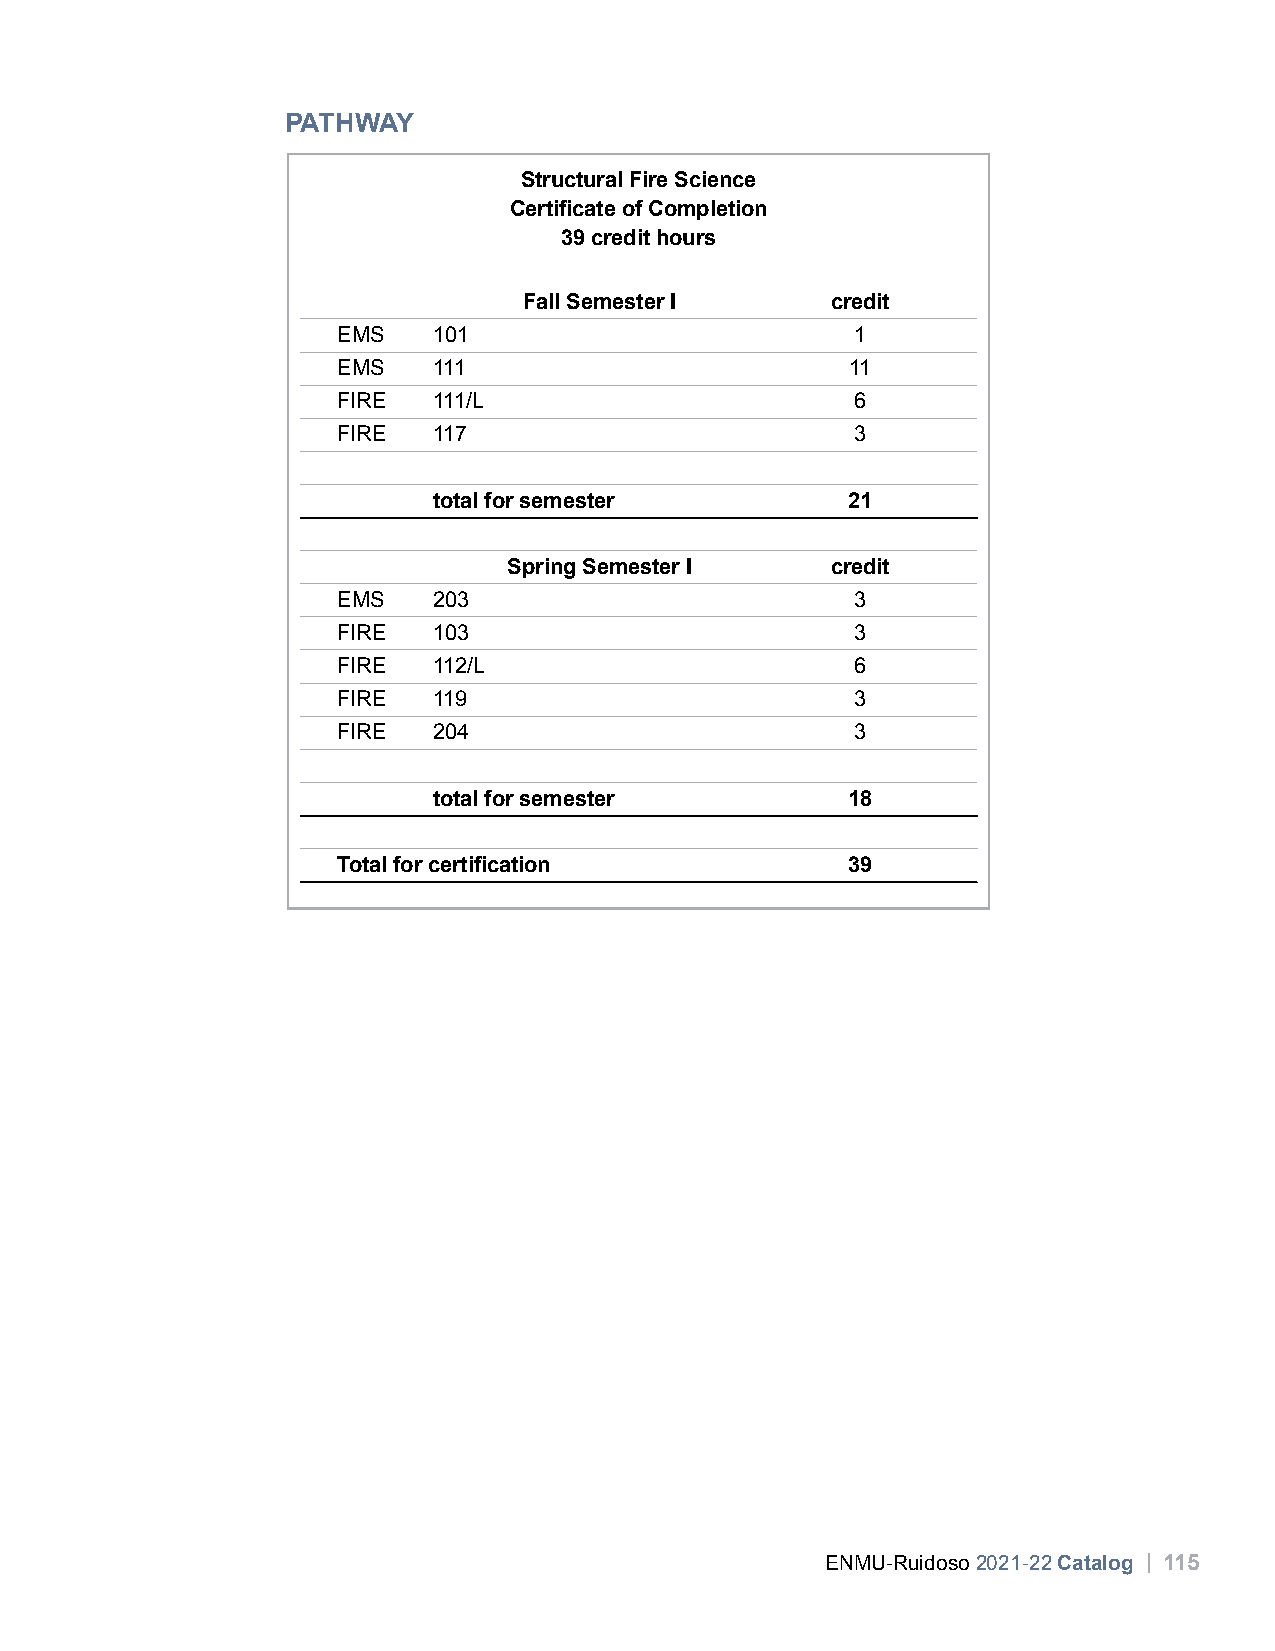
PATHWAY
 Structural Fire Science
 Certificate of Completion
 39 credit hours
 Fall Semester I     credit
 EMS    101                         1
 EMS    111                        11
 FIRE   111/L                       6
 FIRE   117                         3
 total for semester         21
 Spring Semester I    credit
 EMS    203                         3
 FIRE   103                         3
 FIRE   112/L                       6
 FIRE   119                         3
 FIRE   204                         3
 total for semester         18
 Total for certification           39
 ENMU-Ruidoso 2021-22 Catalog | 115